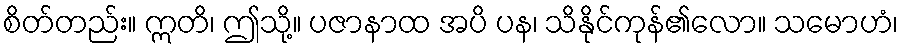
စိတ်တည်း။ ဣတိ၊ ဤသို့။ ပဇာနာထ အပိ ပန၊ သိနိုင်ကုန်၏လော။ သမောဟံ၊